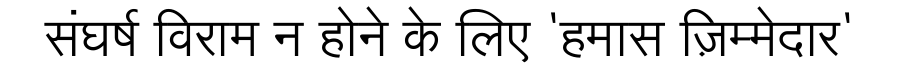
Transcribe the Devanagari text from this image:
संघर्ष विराम न होने के लिए 'हमास ज़िम्मेदार'